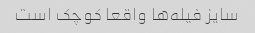
سایز فیله‌ها واقعا کوچک است